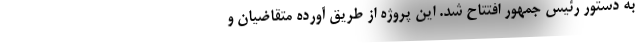
به دستور رئیس جمهور افتتاح شد. این پروژه از طریق آورده متقاضیان و